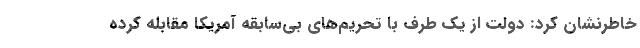
خاطرنشان کرد: دولت از یک طرف با تحریم‌های بی‌سابقه آمریکا مقابله کرده